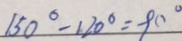
1 5 0 ^ { \circ } - 1 2 0 ^ { \circ } = 9 0 ^ { \circ }